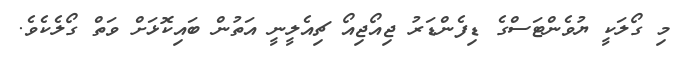
މި ގޯލަކީ ޔުވެންޓަސްގެ ޑިފެންޑަރު ޖިއޯޖިއޯ ޗިއެލީނީ އަތުން ބައިކޮޅަށް ވަތް ގޯލެކެވެ.